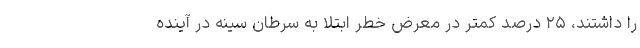
را داشتند، ۲۵ درصد کمتر در معرض خطر ابتلا به سرطان سینه در آینده